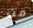
من